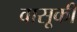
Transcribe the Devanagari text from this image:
वासूकी